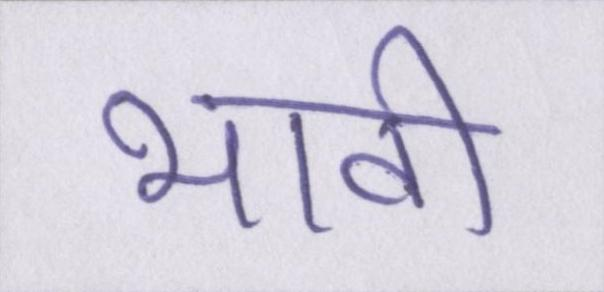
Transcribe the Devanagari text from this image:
भावी